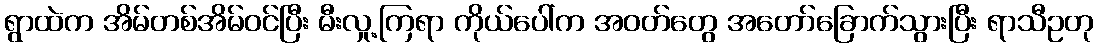
ရွာထဲက အိမ်တစ်အိမ်ဝင်ပြီး မီးလှု့ကြရာ ကိုယ်ပေါ်က အဝတ်တွေ အတော်ခြောက်သွားပြီး ရာသီဥတု